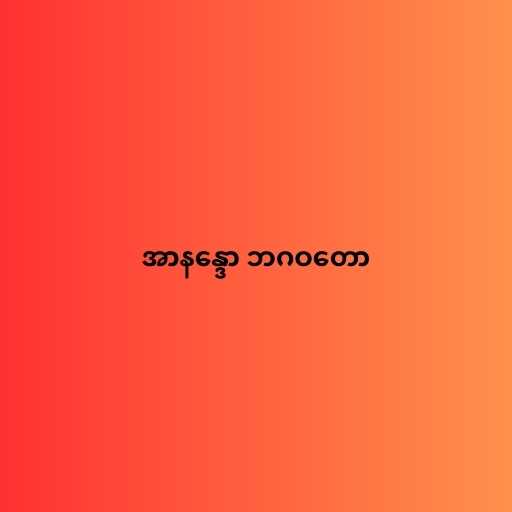
အာနန္ဒော ဘဂဝတော